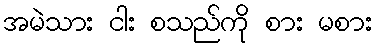
အမဲသား ငါး စသည်ကို စား မစား